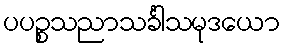
ပပဉ္စသညာသင်္ခါသမုဒယော